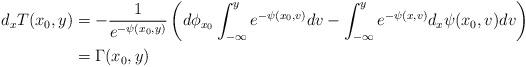
LaTeX: \begin{align*}d_xT(x_0,y) &= -\frac{1}{e^{-{\psi(x_0,y)}}} \left( d \phi_{x_0} \int_{-\infty}^y e^{-{\psi(x_0,v) }}dv - \int_{-\infty}^y e^{-{\psi(x,v)}} d_x {\psi} (x_0,v) dv \right) \\&= \Gamma(x_0,y)\end{align*}